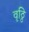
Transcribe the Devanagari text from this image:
वृठ्ठि